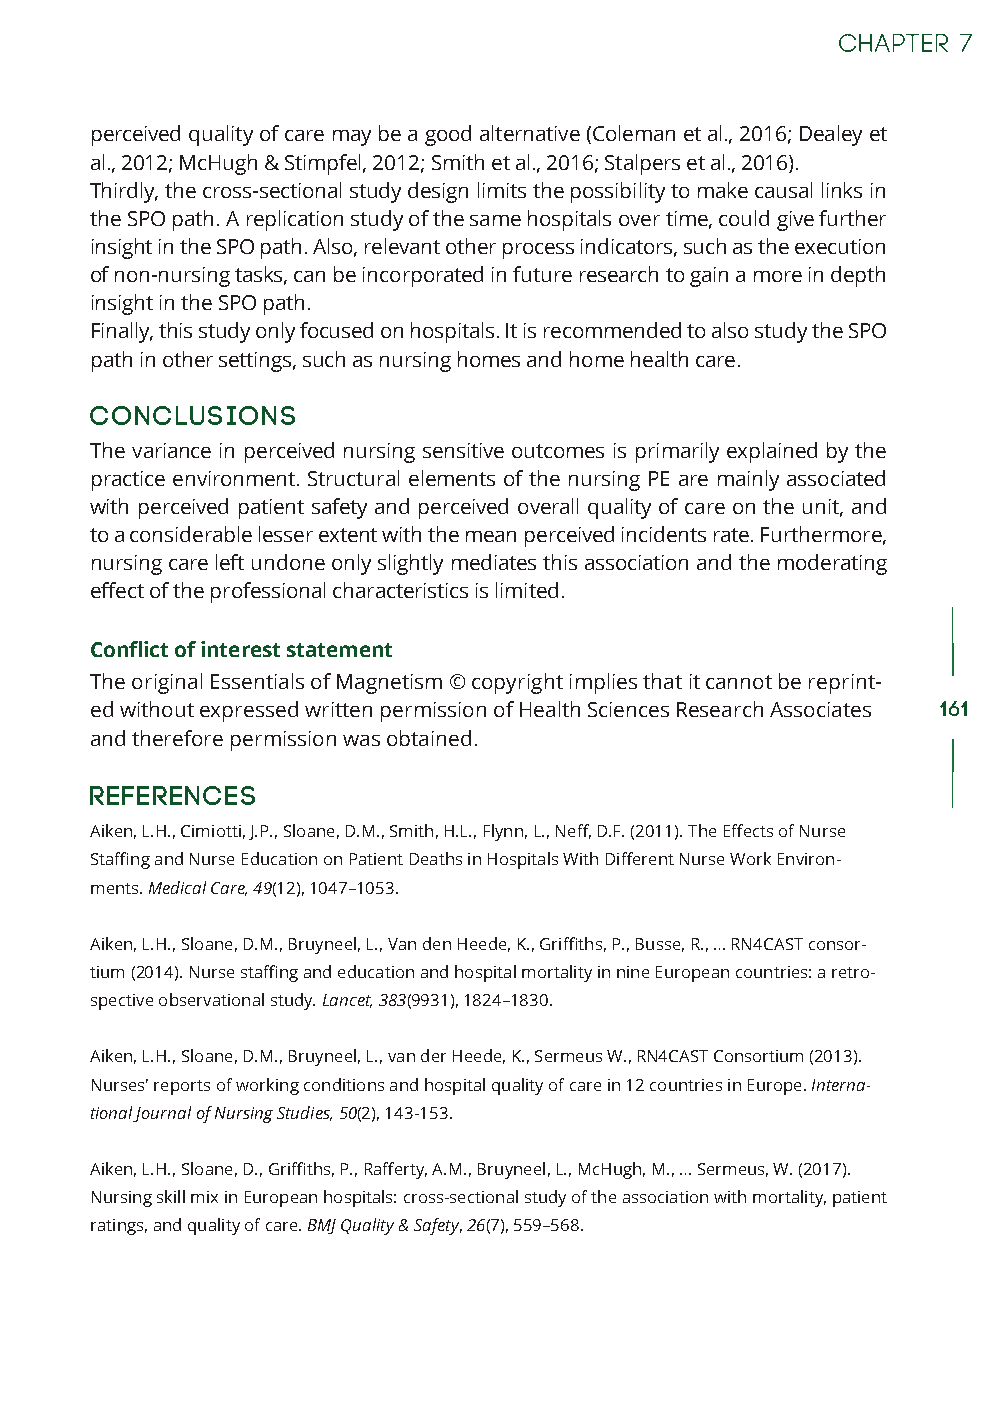
perceived quality of care may be a good alternative (Coleman et al., 2016; Dealey et
 al., 2012; McHugh & Stimpfel, 2012; Smith et al., 2016; Stalpers et al., 2016).
 Thirdly, the cross-sectional study design limits the possibility to make causal links in
 the SPO path. A replication study of the same hospitals over time, could give further
 insight in the SPO path. Also, relevant other process indicators, such as the execution
 of non-nursing tasks, can be incorporated in future research to gain a more in depth
 insight in the SPO path.
 Finally, this study only focused on hospitals. It is recommended to also study the SPO
 path in other settings, such as nursing homes and home health care.
 Conclusions
 The variance in perceived nursing sensitive outcomes is primarily explained by the
 practice environment. Structural elements of the nursing PE are mainly associated
 with perceived patient safety and perceived overall quality of care on the unit, and
 to a considerable lesser extent with the mean perceived incidents rate. Furthermore,
 nursing care left undone only slightly mediates this association and the moderating
 effect of the professional characteristics is limited.
 Conflict of interest statement
 The original Essentials of Magnetism © copyright implies that it cannot be reprint-
 ed without expressed written permission of Health Sciences Research Associates 161
 and therefore permission was obtained.
 References
 Aiken, L.H., Cimiotti, J.P., Sloane, D.M., Smith, H.L., Flynn, L., Neff, D.F. (2011). The Effects of Nurse
 Staffing and Nurse Education on Patient Deaths in Hospitals With Different Nurse Work Environ-
 ments. Medical Care, 49(12), 1047–1053.
 Aiken, L.H., Sloane, D.M., Bruyneel, L., Van den Heede, K., Griffiths, P., Busse, R., … RN4CAST consor-
 tium (2014). Nurse staffing and education and hospital mortality in nine European countries: a retro-
 spective observational study. Lancet, 383(9931), 1824–1830.
 Aiken, L.H., Sloane, D.M., Bruyneel, L., van der Heede, K., Sermeus W., RN4CAST Consortium (2013).
 Nurses' reports of working conditions and hospital quality of care in 12 countries in Europe. Interna-
 tional Journal of Nursing Studies, 50(2), 143-153.
 Aiken, L.H., Sloane, D., Griffiths, P., Rafferty, A.M., Bruyneel, L., McHugh, M., … Sermeus, W. (2017).
 Nursing skill mix in European hospitals: cross-sectional study of the association with mortality, patient
 ratings, and quality of care. BMJ Quality & Safety, 26(7), 559–568.